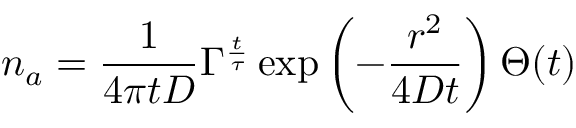
n _ { a } = \frac { 1 } { 4 \pi t D } \Gamma ^ { \frac { t } { \tau } } \exp \left( - \frac { r ^ { 2 } } { 4 D t } \right) \Theta ( t )